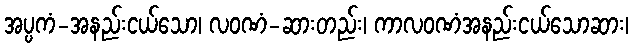
အပ္ပကံ-အနည်းငယ်သော၊ လဝဏံ-ဆားတည်း၊ ကာလဝဏံအနည်းငယ်သောဆား၊